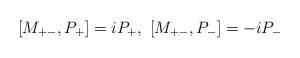
LaTeX: \begin{align*}[M_{+-},P_+]= i P_+ , \ [M_{+-}, P_-] =-i P_-\end{align*}